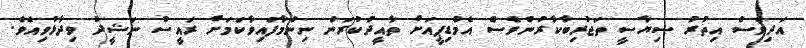
އަދިވެސް އިތުރު ސިޔާސީ ތަޖުރިބާކާރުންވެސް އެމްޑިޕީއަށް ތާއީދުކުރަން ނިންމާފައިވާކަމަށް ރައީސް ނަޝީދު ވިދާޅުވިއެވެ.